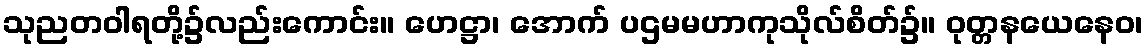
သုညတဝါရတို့၌လည်းကောင်း။ ဟေဋ္ဌာ၊ အောက် ပဌမမဟာကုသိုလ်စိတ်၌။ ဝုတ္တနယေနေဝ၊